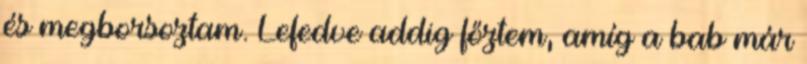
és megborsoztam. Lefedve addig főztem, amíg a bab már